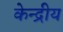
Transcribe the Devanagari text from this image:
केन्‍द्रीय